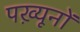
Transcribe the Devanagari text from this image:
पख़्यूनों